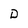
Character: D